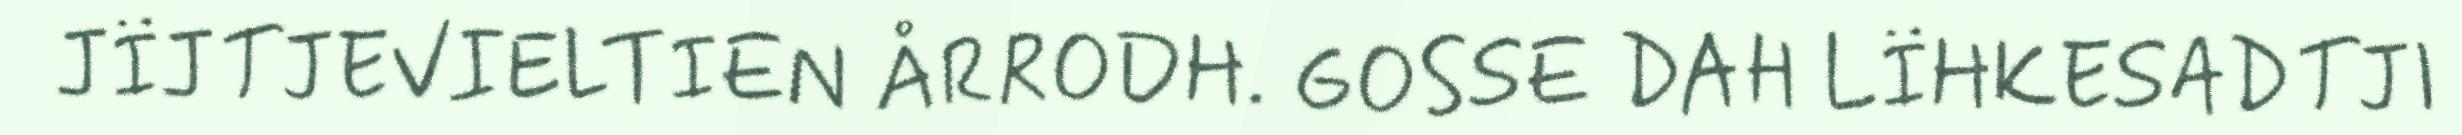
JÏJTJEVIELTIEN ÅRRODH. GOSSE DAH LÏHKESADTJI